Civil Veterinary Dept. North-West Frontier Province 1923-32 - 1923-1932
Year: 1923
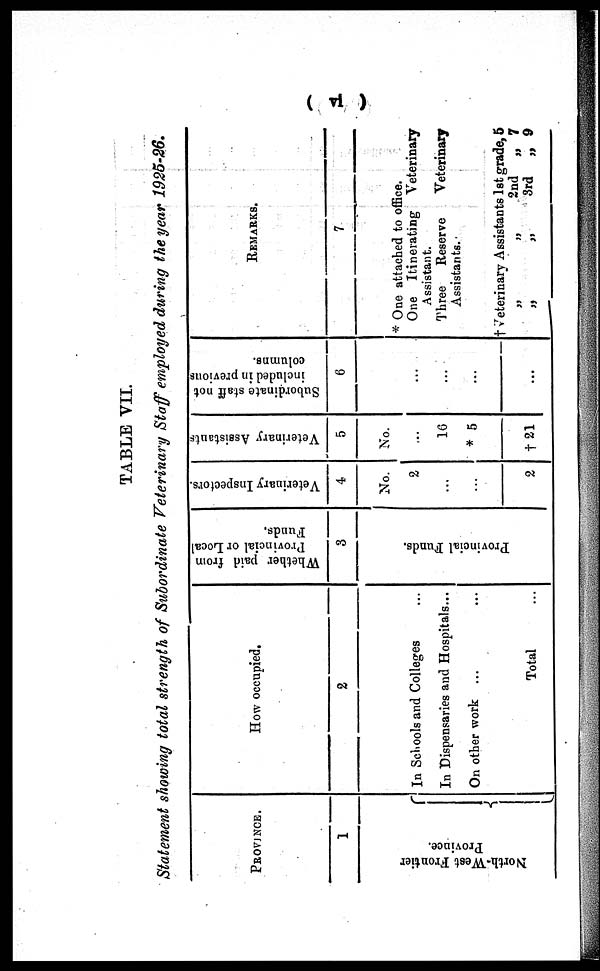
(vi)
TABLE VII.
Statement showing total strength of Subordinate Veterinary Staff employed during the year 1925-26.
PROVINCE.
1
Morth-West Frontier
Province.
How occupied.
2
In Schools and Colleges
In Dispensaries and Hospitals...
On other work ...
Total
Whether paid from
Provincial or Local
Funds.
3
Pr ovi nci al Funds .
Veterinary Inspectors.
4
No.
2
...
2
Veterinary Assistants
5
No.
...
16
* 5
† 21
Subordinate staff not
included in previous
columns.
6
...
...
...
REMARKS.
7
* One attached to office.
One Itinerating Veterinary
Assistant.
Three
Reserve
Veterinary
Assistants.
† Veterinary Assistants 1st grade, 5
„
„
„
2nd „ 7
„
„
3rd
„ 9